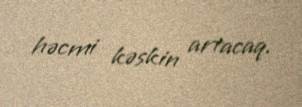
həcmi kəskin artacaq.